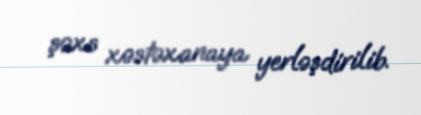
şəxs xəstəxanaya yerləşdirilib.